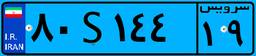
۶۳S۷۸۵۵۵